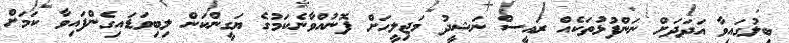
ބިލުގައިވާ އަދަދަށް ނަންފުޅުތަކެއް ރައީސް ނަޝީދު މަޖިލީހަށް ފޮނުއްވާނެކަމުގެ ޔަގީންކަން ލިބިވަޑައިގެންފައިވާ ކަމަށް